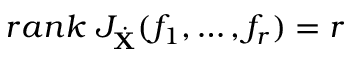
r a n k \; J _ { \dot { \bf X } } ( f _ { 1 } , \dots , f _ { r } ) = r